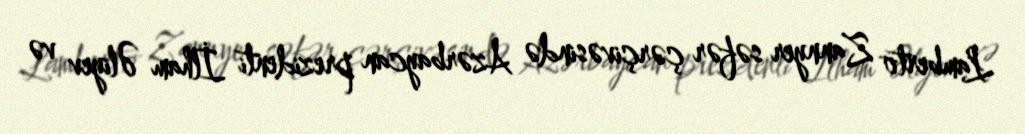
Lamberto Zannyer səfər çərçivəsində Azərbaycan prezidenti İlham Əliyev və